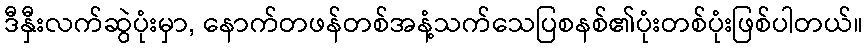
ဒီနှီးလက်ဆွဲပုံးမှာ, နောက်တဖန်တစ်အနံ့သက်သေပြစနစ်၏ပုံးတစ်ပုံးဖြစ်ပါတယ်။